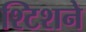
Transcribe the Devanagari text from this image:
श्टिशने